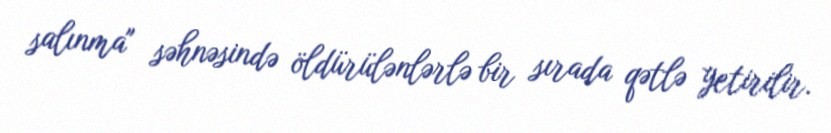
salınma" səhnəsində öldürülənlərlə bir sırada qətlə yetirilir.